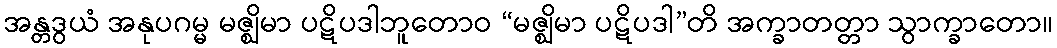
အန္တဒွယံ အနုပဂမ္မ မဇ္ဈိမာ ပဋိပဒါဘူတောဝ “မဇ္ဈိမာ ပဋိပဒါ”တိ အက္ခာတတ္တာ သွာက္ခာတော။